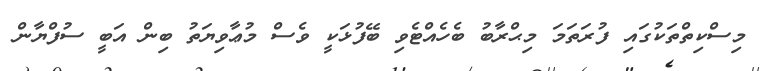
މިސްކިތްތަކުގައި ފުރަތަމަ މިޙްރާބު ބެހެއްޓެވި ބޭފުޅަކީ ވެސް މުޢާވިޔަތު ބިން އަބީ ސުފްޔާން